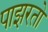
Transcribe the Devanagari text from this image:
पाझरतो